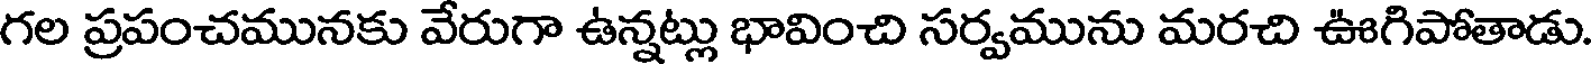
గల ప్రపంచమునకు వేరుగా ఉన్నట్లు భావించి సర్వమును మరచి ఊగిపోతాడు.